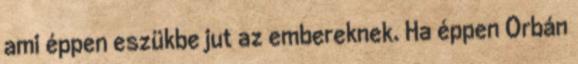
ami éppen eszükbe jut az embereknek. Ha éppen Orbán